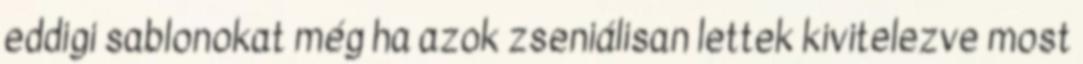
eddigi sablonokat még ha azok zseniálisan lettek kivitelezve most